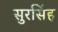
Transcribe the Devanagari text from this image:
सुरसिंह